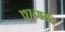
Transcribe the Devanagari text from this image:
१२७४पर्यंत